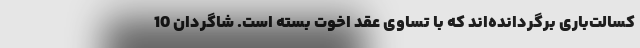
کسالت‌باری برگردانده‌اند که با تساوی عقد اخوت بسته است. شاگردان 10